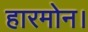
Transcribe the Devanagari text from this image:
हारमोन।